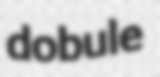
dobule